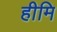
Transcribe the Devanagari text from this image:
हीमि